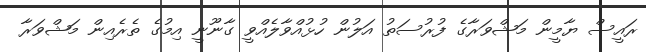
ރައީސް ޔާމީން މަޝްވަރާގެ ފުރުސަތު އަލުން ހުޅުއްވާލެއްވީ ގާނޫނީ އިމުގެ ތެރެއިން މަޝްވަރާ